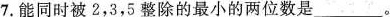
7.能同时被2，3，5整除的最小的两位数是_____。